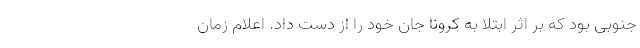
جنوبی بود که بر اثر ابتلا به کرونا جان خود را از دست داد. اعلام زمان